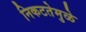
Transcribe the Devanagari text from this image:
निकटतेमुळे